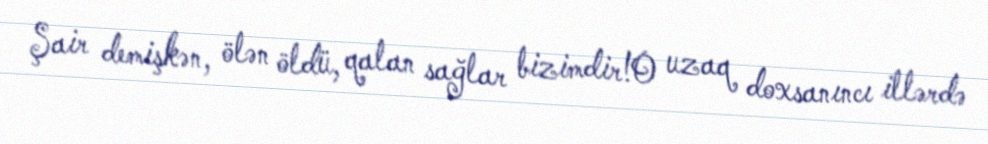
Şair demişkən, ölən öldü, qalan sağlar bizimdir!O uzaq doxsanıncı illərdə